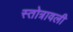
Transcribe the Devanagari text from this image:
स्तोत्रावली